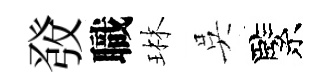
𤼲職琳吳緊